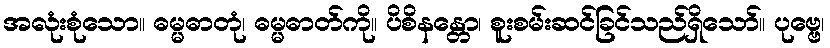
အလုံးစုံသော။ ဓမ္မဓာတုံ၊ ဓမ္မဓာတ်ကို။ ပိစိနန္တော၊ စူးစမ်းဆင်ခြင်သည်ရှိသော်။ ပုဗ္ဗေ၊